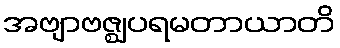
အဗျာဗဇ္ဈပရမတာယာတိ